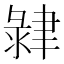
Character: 𦘞